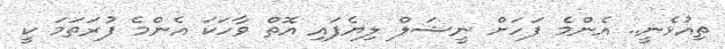
ތިއުޅެނީ.. އެންމެ ފަހަށް ނީޝަލް ލިޔެފައި އޮތް ވާހަކަ އެންމެ ފުރަތަމަ ކީ